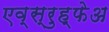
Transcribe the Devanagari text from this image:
एव्स्रुह्फेअ